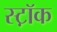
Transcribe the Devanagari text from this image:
स्ट़ॉक